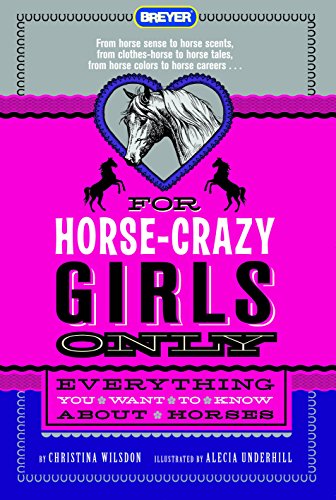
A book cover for For Horse-Crazy Girls Only: Everything You Want to Know About Horses; Christina Wilsdon; Children's Books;